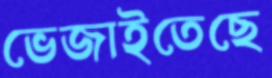
ভেজাইতেছে